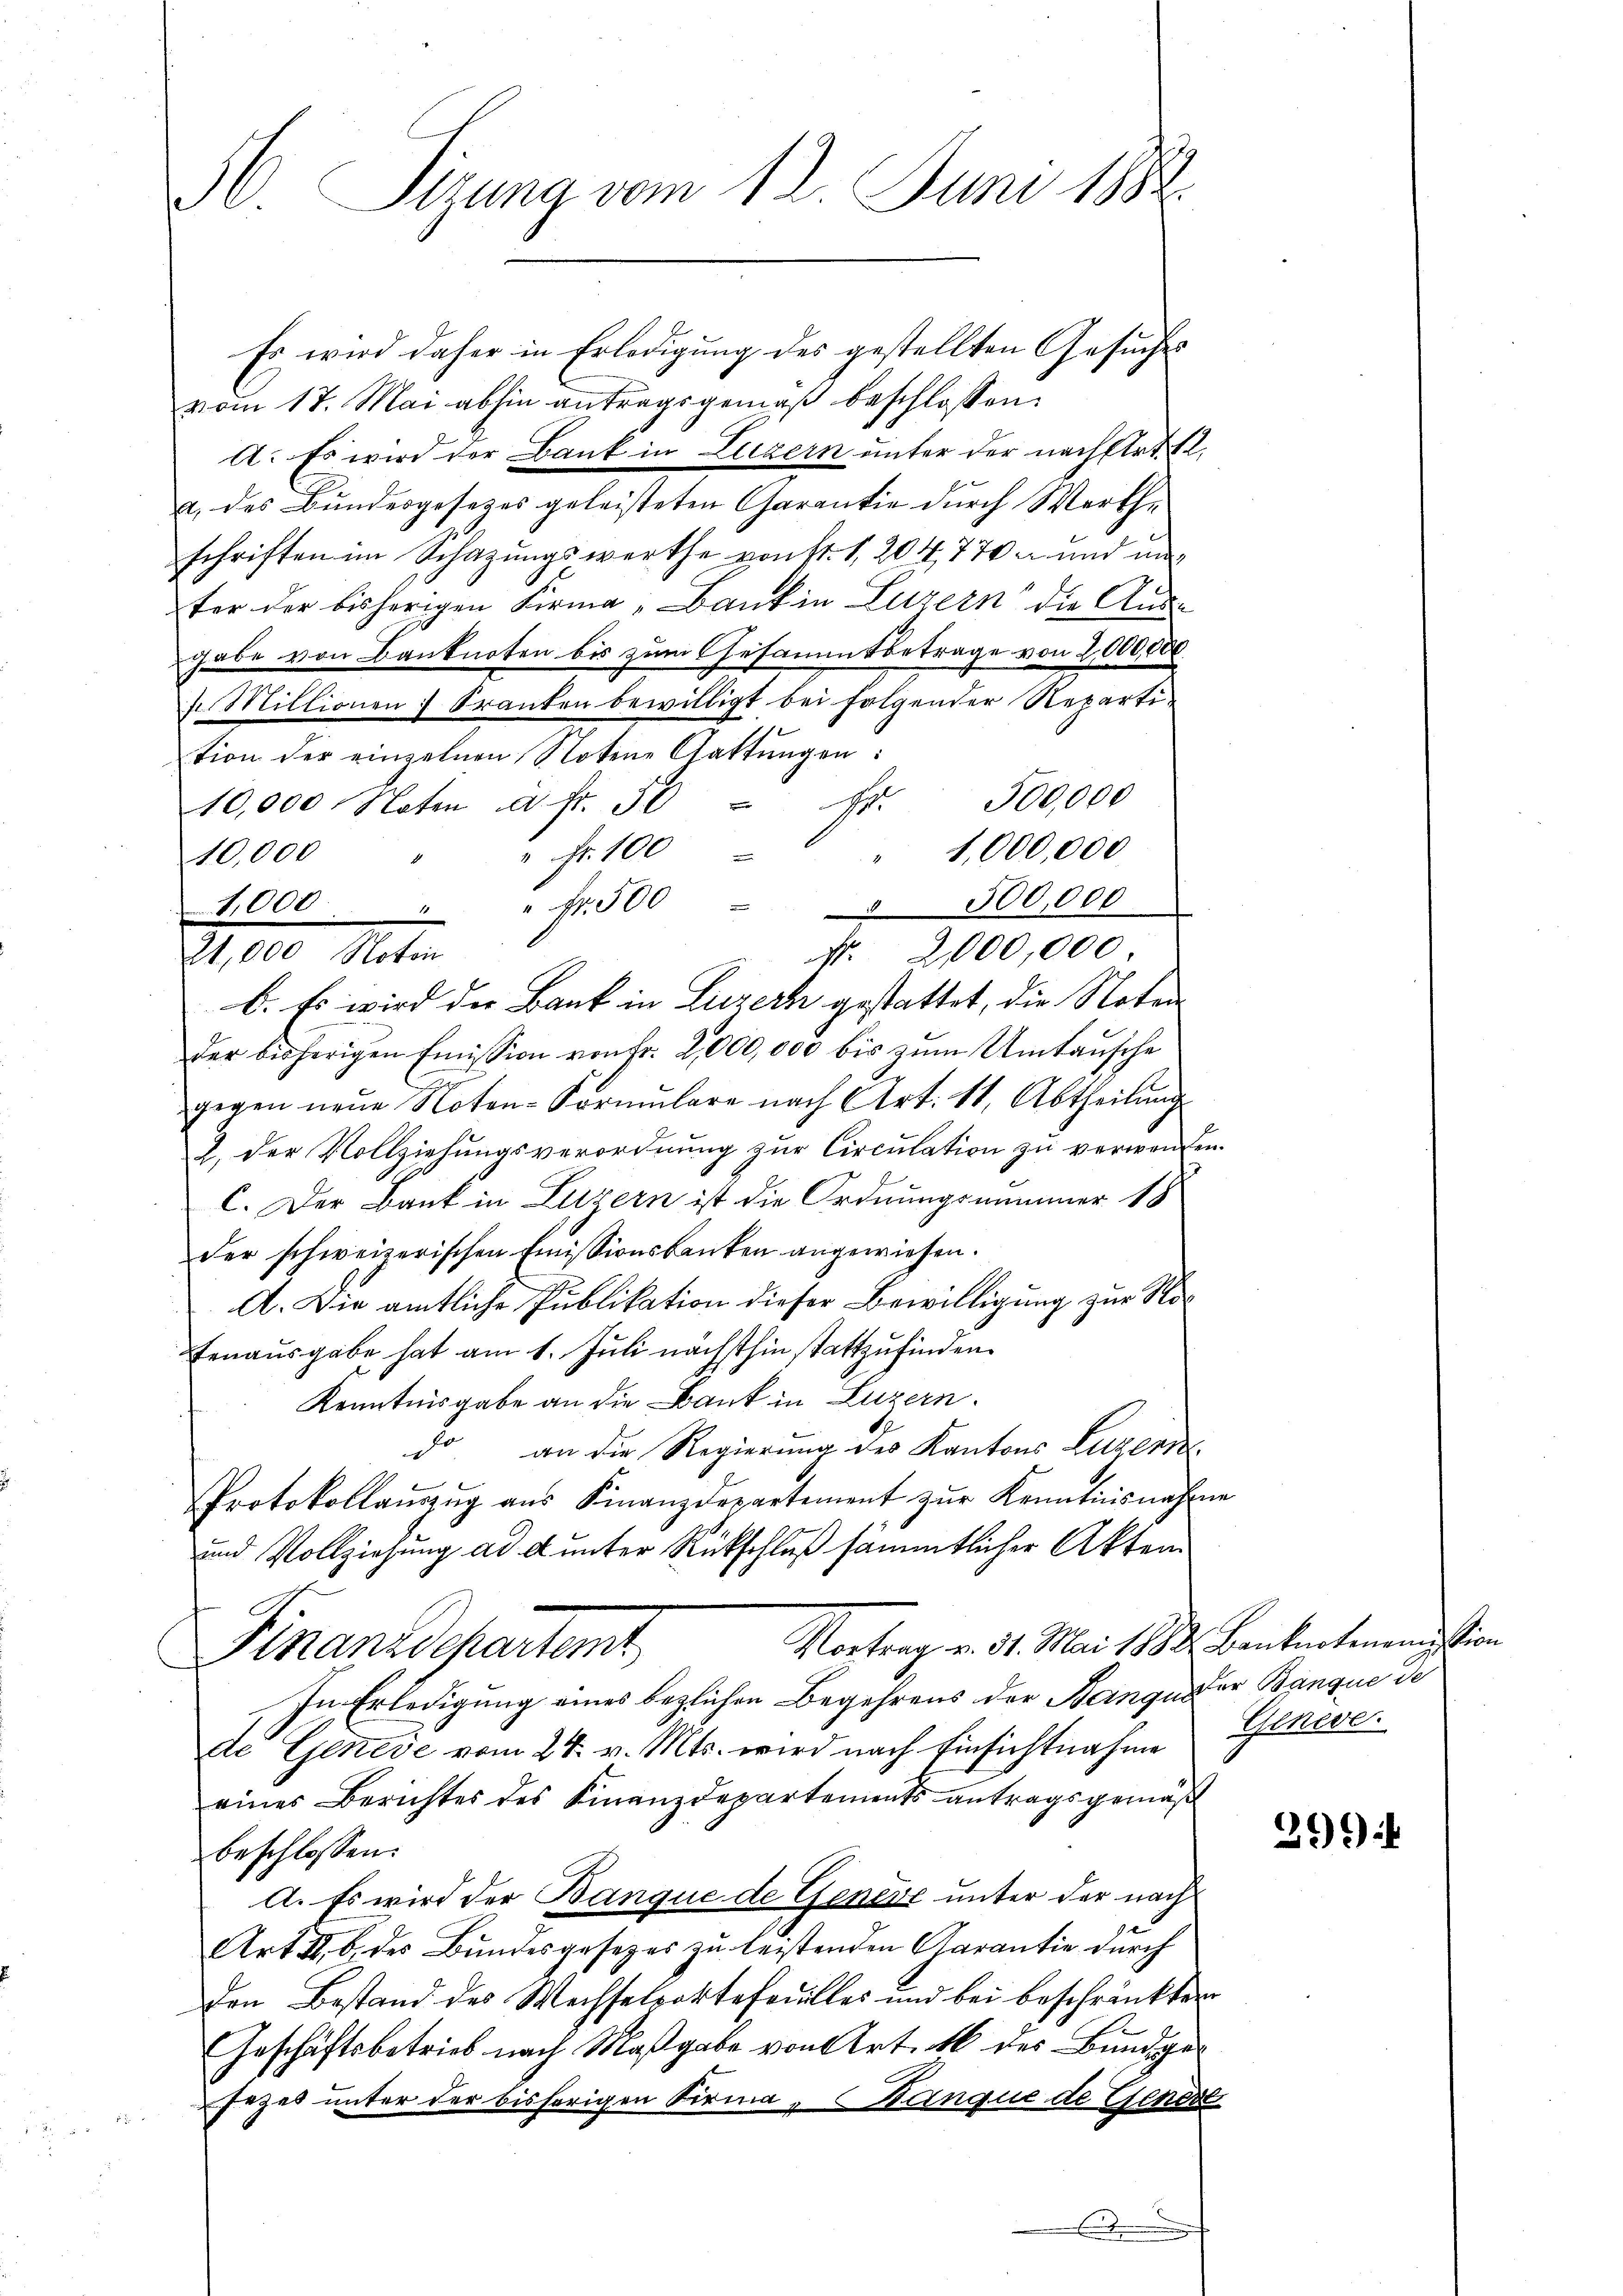
36 Sizung vom 12. Juni 1884.
Es wird daher in Erledigung des gestellten Gesuches

vom 17. Mai abhin antragsgemäß beschlossen:
A: Es wird der Bank in Luzern unter der nach Art. 12,
a. des Bundesgesezes geleisteten Garantie durch Werthe
schriften im Schazungswerthe von Fr. 1, 204,770 u. und un
ter der bisherigen Firma „Bank in Luzern die Aus-
gabe von Banknoten bis zum Gesammtbetrage von 2,000,000.
f.. Millionen Kranken bewilligt bei folgender Repartition der einzelnen Notene Gattŭngen:
1,000 fr. f. 500,000
1,000,000
" Fr. 100
10,000
e
1,000 " " fr. 500 - 500,000
b. Es wird die Bank in Luzern gestattet, die Noten
der bisherigen Emission von Fr. 2,000,000 bis zum Umtausche
gegen neue Noten-Formŭlare nach Art. 11, Abtheilŭng
2. der Vollziehungsverordnung zur Circulation zu verwenden.
C. Der Bank in Luzern ist die Ordnungsnimmer 18
der schweizerischen Emissionsbanken angewiesen.
A. Die amtliche Publikation dieser Bewilligung zur Nofenausgabe hat am 1. Juli nächsthin stattzufinden.
Kenntnisgabe an die Bank in Luzern.
do an die Regierung des Kantons Luzern
Protokollaŭzŭg aŭs Finanzdepartement zŭr Kenntnisnahme
und Vollziehung ad d unter Rückschluß sämmtlicher Akten
Vortrag v. 31. Mai 1882 Banknotenention
Finanzdepartent
In Erledigung eines bezlichen Begehrens der Bange der Banque de
de Genere vom 24. v. Mts. wird nach Einsichtnahme Geneveeines Berichtes des Finanzdepartements antragsgemäß
beschlossen:
A. Es wird der Banque de Genere unter der nach
Art II b. des Bundesgesetzes zu leistenden Garantie durch
Den Bestand des Wechselvoktefeuilles und bei beschränkten
Geschäftsbetrieb nach Maßgabe von Art. 46 des Bundger
sezes unter der bisherigen Firma - Banque de Gener

2, 820. Mater

Nr. 2,000,000.

e

26